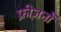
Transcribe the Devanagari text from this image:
फ्रीज़नों